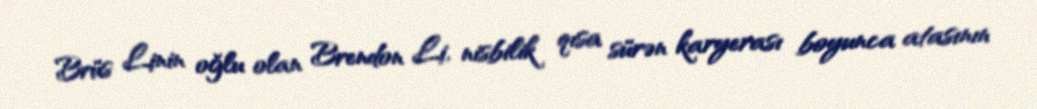
Brüs Linin oğlu olan Brendon Li, nisbilik qısa sürən karyerası boyunca atasının